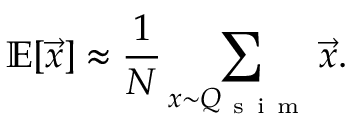
\mathbb { E } [ \vec { x } ] \approx \frac { 1 } { N } \sum _ { x { \sim } Q _ { \mathrm { ~ s ~ i ~ m ~ } } } \vec { x } .